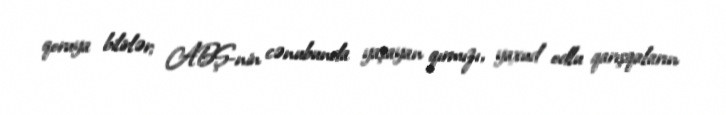
qoruya bilirlər; ABŞ-nin cənubunda yaşayan qırmızı, yaxud odlu qarışqaların